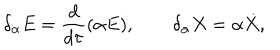
\delta _ { \alpha } E = \frac { d } { d \tau } ( \alpha E ) , \qquad \delta _ { \alpha } X = \alpha \dot { X } ,